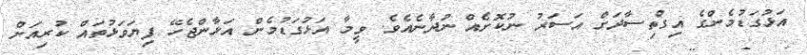
އަޅުގަޑުމެންގެ އިގްތިސާދަށް އަސަރު ނުކޮށެއް ނުދާނެއެވެ. ވީމާ އަޅުގަޑުމެން އަޅާންޖެހޭ ފިޔަވަޅުތައް ކުރިއަށް